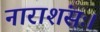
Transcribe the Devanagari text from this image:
नाराशंसः।